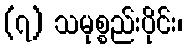
(၇) သမုစ္စည်းပိုင်း၊